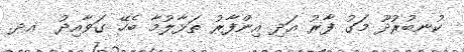
ކުނބުރުދޫ މަގު ފާރު އަދި އިންފާރު ތަޅާލުމާ ބެހޭ ގަވާއިދު  އދ.